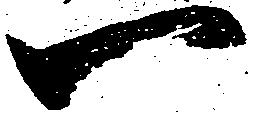
一